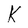
Character: k